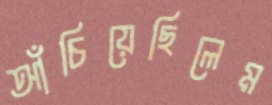
আঁচিয়েছিলেম